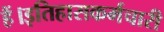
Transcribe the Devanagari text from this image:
हैं।इतिहासकर्मचारी